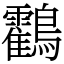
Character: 鸖